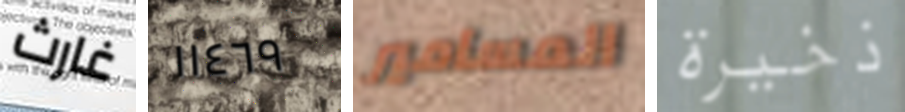
غارث ١١٤٦٩ المسامير ذخيرة